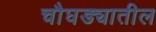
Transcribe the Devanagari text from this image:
चौघड्यातील